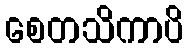
စေတသိကာပိ